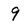
Character: 9